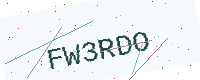
Text: FW3RDO